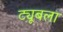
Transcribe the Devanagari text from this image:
ट्यूबला